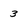
Character: 3